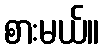
စားမယ်။